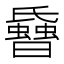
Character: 𱢳